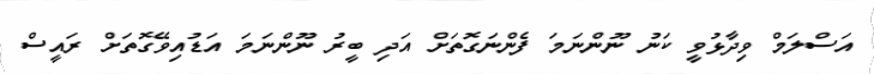
އަސްލަމް ވިދާޅުވީ ކަނު ނޫންނަމަ ފެންނަގޮތަށް އަދި ބީރު ނޫންނަމަ އަޑުއިވޭގޮތަށް ރައީސް